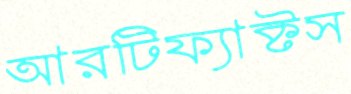
আরটিফ্যাক্টস